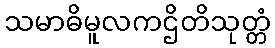
သမာဓိမူလကဌိတိသုတ္တံ